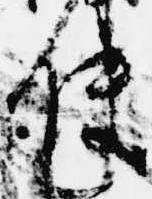
使